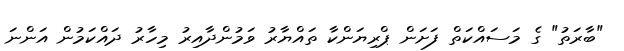
"ބާރަތު" ގެ މަސައްކަތް ފަށަން ޕްރިޔަންކާ ތައްޔާރު ވަމުންދާއިރު މިހާރު ދައްކަމުން އަންނަ